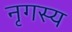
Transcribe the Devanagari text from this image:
नृगस्य